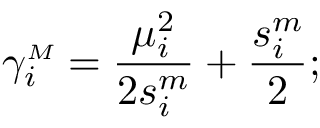
\gamma _ { i } ^ { { \scriptscriptstyle M } } = \frac { \mu _ { i } ^ { 2 } } { 2 s _ { i } ^ { m } } + \frac { s _ { i } ^ { m } } 2 ;